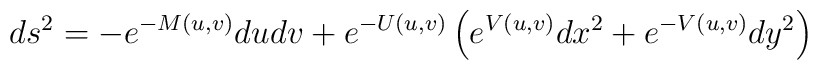
ds^{2}=-e^{-M(u,v)}dudv+e^{-U(u,v)}\left(e^{V(u,v)}dx^{2}+e^{-V(u,v)}dy^{2}\right)